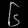
Digit: ၆